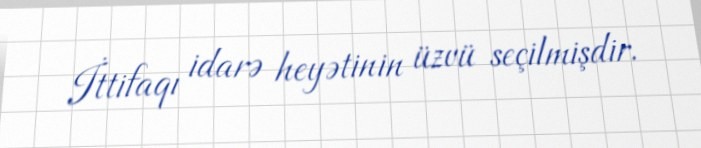
İttifaqı idarə heyətinin üzvü seçilmişdir.